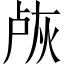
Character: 𬊐